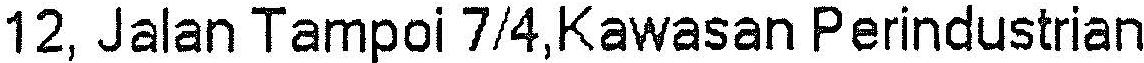
12, JALAN TAMPOI 7/4,KAWASAN PERINDUSTRIAN